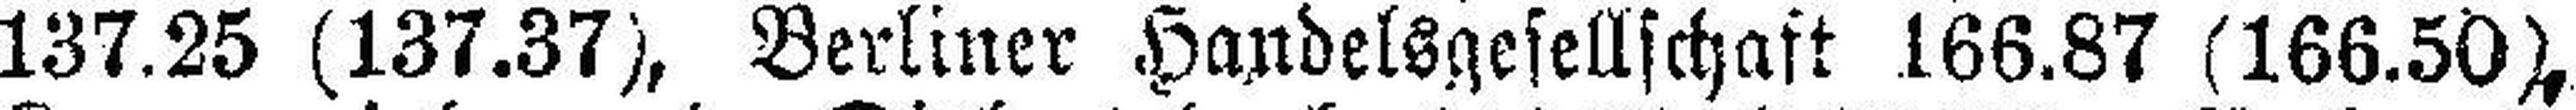
137.25 (137.37), Berliner Handelsgesellschaft 166.87 (166.50),